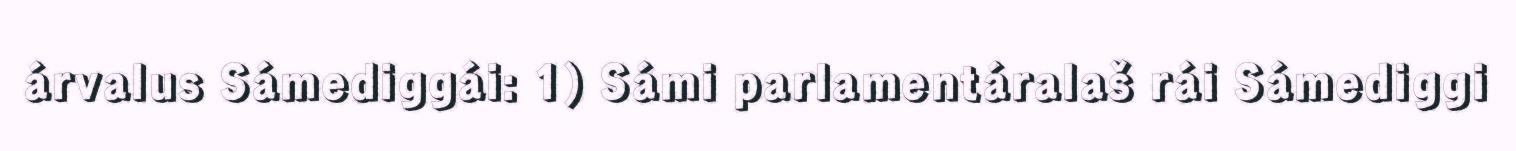
árvalus Sámediggái: 1) Sámi parlamentáralaš rái Sámediggi